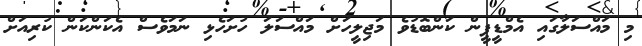
މި މައްސަލާގައި އެމްޑީޕީން ކަންބޮޑުވެ މަޖިލީހަށް މައްސަލަ ހުށަހެޅި ނަމަވެސް އެކަންކަން ކުރިއަށް